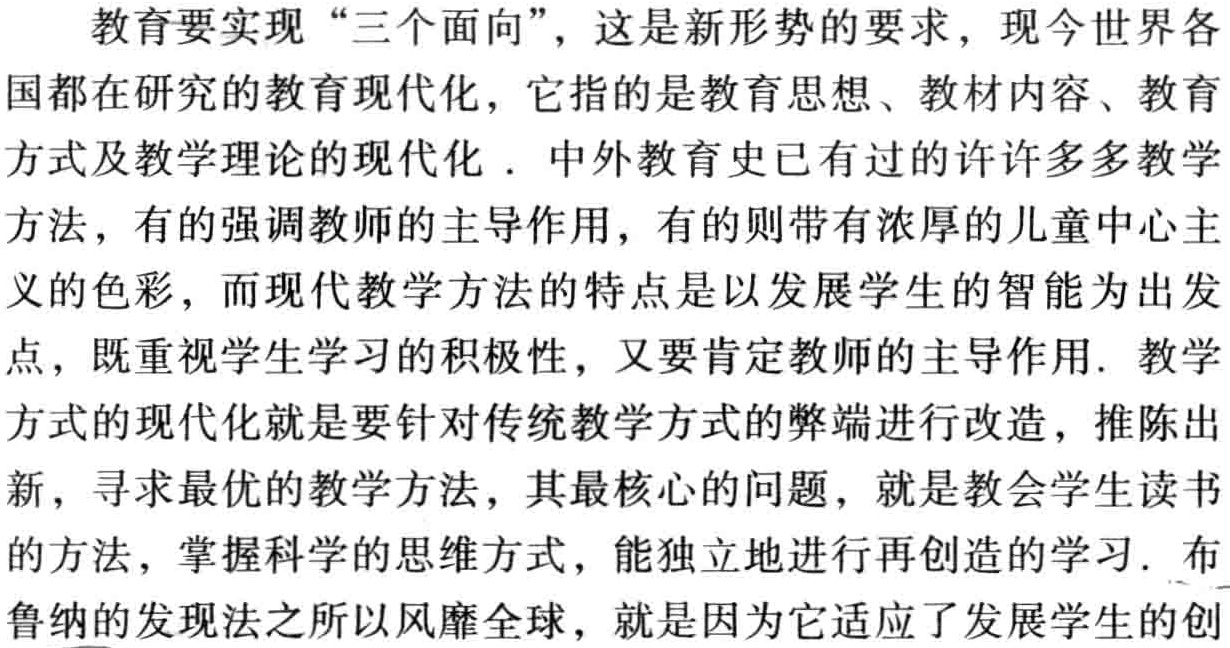
教育要实现“三个面向”，这是新形势的要求，现今世界各国都在研究的教育现代化，它指的是教育思想、教材内容、教育方式及教学理论的现代化．中外教育史已有过的许许多多教学方法，有的强调教师的主导作用，有的则带有浓厚的儿童中心主义的色彩，而现代教学方法的特点是以发展学生的智能为出发点，既重视学生学习的积极性，又要肯定教师的主导作用. 教学方式的现代化就是要针对传统教学方式的弊端进行改造，推陈出新，寻求最优的教学方法，其最核心的问题，就是教会学生读书的方法，掌握科学的思维方式，能独立地进行再创造的学习. 布鲁纳的发现法之所以风靡全球，就是因为它适应了发展学生的创